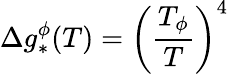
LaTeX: \Delta g_{*}^{\phi}(T)=\left(\frac{T_{\phi}}{T}\right)^{4}